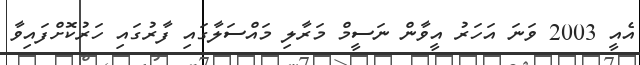
އެއީ 2003 ވަނަ އަހަރު އީވާން ނަސީމް މަރާލި މައްސަލާގައި ފާރުގައި ހަރުކޮށްފައިވާ